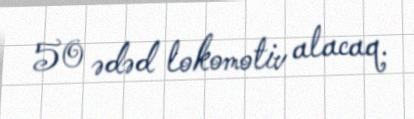
50 ədəd lokomotiv alacaq.